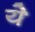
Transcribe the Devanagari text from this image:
येे